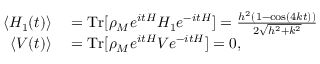
\begin{array} { r } { \begin{array} { r l } { \langle H _ { 1 } ( t ) \rangle } & { { } = \mathrm { T r } [ \rho _ { M } e ^ { i t H } H _ { 1 } e ^ { - i t H } ] = \frac { h ^ { 2 } ( 1 - \cos ( 4 k t ) ) } { 2 \sqrt { h ^ { 2 } + k ^ { 2 } } } } \\ { \langle V ( t ) \rangle } & { { } = \mathrm { T r } [ \rho _ { M } e ^ { i t H } V e ^ { - i t H } ] = 0 , } \end{array} } \end{array}